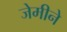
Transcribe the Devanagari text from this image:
जेमीने